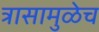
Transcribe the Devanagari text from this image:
त्रासामुळेच